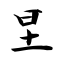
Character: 圼